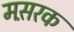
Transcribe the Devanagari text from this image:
मस़रक